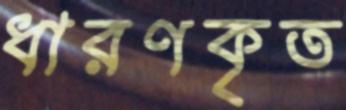
ধারণকৃত